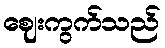
ဈေးကွက်သည်